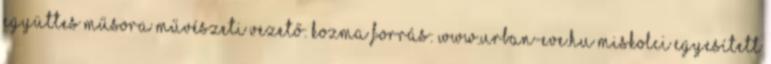
együttes műsora Művészeti vezető: Kozma forrás: www.urban-eve.hu Miskolci Egyesített